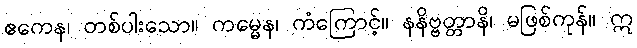
ဧကေန၊ တစ်ပါးသော။ ကမ္မေန၊ ကံကြောင့်။ နနိဗ္ဗတ္တာနိ၊ မဖြစ်ကုန်။ ဣ